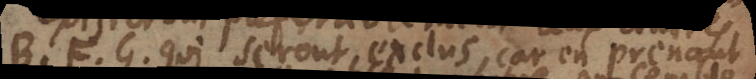
B, F, G, qui seront exclus, car en prenant